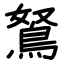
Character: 鴑